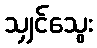
သျှင်သွေး